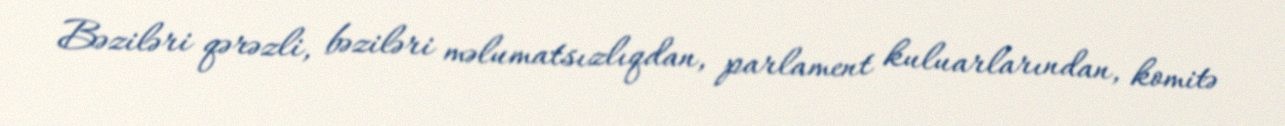
Bəziləri qərəzli, bəziləri məlumatsızlıqdan, parlament kuluarlarından, komitə